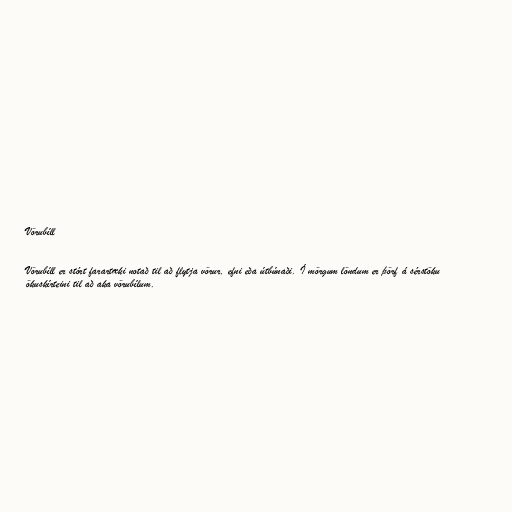
Vörubíll

Vörubíll er stórt farartæki notað til að flytja vörur, efni eða útbúnaði. Í mörgum löndum er þörf á sérstöku
ökuskírteini til að aka vörubílum.